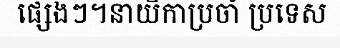
ផ្សេងៗ។នាយិកាប្រចាំ ប្រទេស